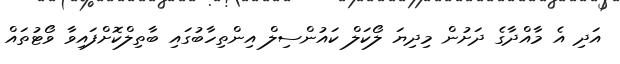
އަދި އެ މާއްދާގެ ދަށުން މިދިޔަ ލޯކަލް ކައުންސިލް އިންތިހާބުގައި ބާތިލްކޮށްފައިވާ ވޯޓުތައް